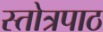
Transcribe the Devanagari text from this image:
स्तोत्रपाठ